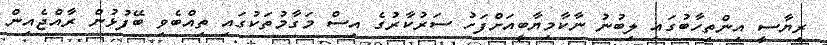
ރިޔާސީ އިންތިހާބުގައި ލިބުނު ނާކާމިޔާބީއަށްފަހު ސަރުކާރުގެ އިސް މަގާމުތަކުގައި ތިއްބެވި ބޭފުޅުން ރާއްޖެއިން